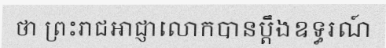
ថា ព្រះរាជអាជ្ញាលោកបានប្តឹងឧទ្ធរណ៍